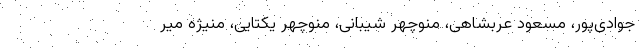
جوادی‌پور، مسعود عربشاهی، منوچهر شیبانی، منوچهر یکتایی، منیژه میر